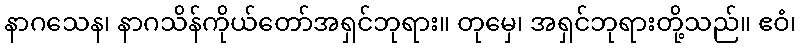
နာဂသေန၊ နာဂသိန်ကိုယ်တော်အရှင်ဘုရား။ တုမှေ၊ အရှင်ဘုရားတို့သည်။ ဧဝံ၊